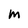
Character: M